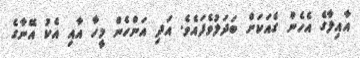
އާއިލާގެ އެހެން ގެއަކަށް ބަދަލުވެފައެވެ. އަދި އަންހެން މީހާ އާއި އެކު އޭނާގެ